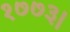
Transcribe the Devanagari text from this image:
१७७३।